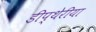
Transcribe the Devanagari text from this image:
डीप्थेरीया